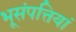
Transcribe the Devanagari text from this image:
भूसंपत्तियां